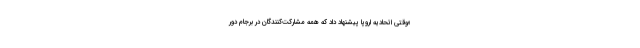
«وقتی اتحادیه اروپا پیشنهاد داد که همه مشارکت‌کنندگان در برجام دور